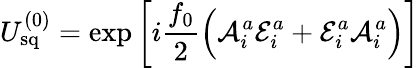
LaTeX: U_{\mathrm{sq}}^{(0)}=\exp\left[i{\frac{f_{0}}{2}}\Big({\cal A}_{i}^{a}{\cal E}_{i}^{a}+{\cal E}_{i}^{a}{\cal A}_{i}^{a}\Big)\right]